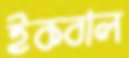
ইকবাল